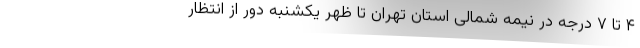
۴ تا ۷ درجه در نیمه شمالی استان تهران تا ظهر یکشنبه دور از انتظار